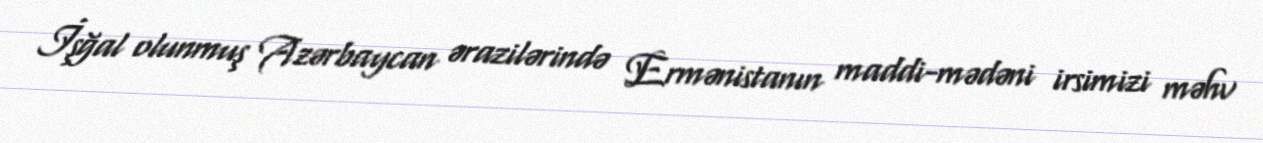
İşğal olunmuş Azərbaycan ərazilərində Ermənistanın maddi-mədəni irsimizi məhv